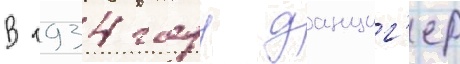
В 1934 году данциг'ер